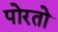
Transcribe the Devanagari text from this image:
पोरतो